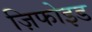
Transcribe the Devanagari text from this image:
ज़िफोइड